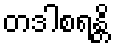
တဒါစရန္တိ